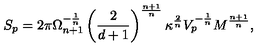
S _ { p } = 2 \pi \Omega _ { n + 1 } ^ { - \frac { 1 } { n } } \left( \frac { 2 } { d + 1 } \right) ^ { \frac { n + 1 } { n } } \kappa ^ { \frac { 2 } { n } } V _ { p } ^ { - \frac { 1 } { n } } M ^ { \frac { n + 1 } { n } } ,